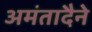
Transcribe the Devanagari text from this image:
अमंतादैने